Studies on the mouth parts a Comparative anatomy of the proboscis in the blood-sucking muscidae - Number 60
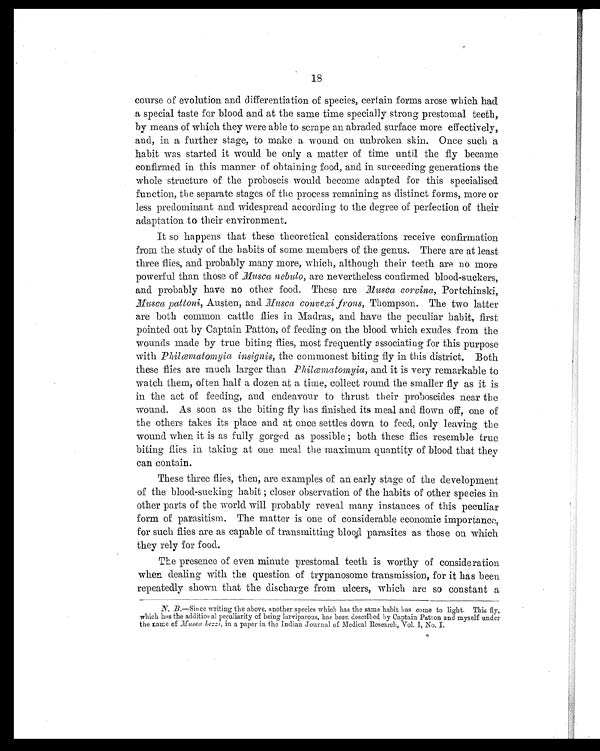
18
course of evolution and differentiation of species, certain forms arose which had
a special taste for blood and at the same time specially strong prestomal teeth,
by means of which they were able to scrape an abraded surface more effectively,
and, in a further stage, to make a wound on unbroken skin. Once such a
habit was started it would be only a matter of time until the fly became
confirmed in this manner of obtaining food, and in succeeding generations the
whole structure of the proboscis would become adapted for this specialised
function, the separate stages of the process remaining as distinct forms, more or
less predominant and widespread according to the degree of perfection of their
adaptation to their environment.
It so happens that these theoretical considerations receive confirmation
from the study of the habits of some members of the genus. There are at least
three flies, and probably many more, which, although their teeth are no more
powerful than those of Musca nebulo, are nevertheless confirmed blood-suckers,
and probably have no other food. These are Musca corvina, Portchinski,
Musca pattoni, Austen, and Musca convexi frons, Thompson. The two latter
are both common cattle flies in Madras, and have the peculiar habit, first
pointed out by Captain Patton, of feeding on the blood which exudes from the
wounds made by true biting flies, most frequently associating for this purpose
with Philæmatomyia insignis, the commonest biting fly in this district. Both
these flies are much larger than Philæmatomyia, and it is very remarkable to
watch them, often half a dozen at a time, collect round the smaller fly as it is
in the act of feeding, and endeavour to thrust their proboscides near the
wound. As soon as the biting fly has finished its meal and flown off, one of
the others takes its place and at once settles down to feed, only leaving the
wound when it is as fully gorged as possible ; both these flies resemble true
biting flies in taking at one meal the maximum quantity of blood that they
can contain.
These three flies, then, are examples of an early stage of the development
of the blood-sucking habit ; closer observation of the habits of other species in
other parts of the world will probably reveal many instances of this peculiar
form of parasitism. The matter is one of considerable economic importance,
for such flies are as capable of transmitting blood parasites as those on which
they rely for food.
The presence of even minute prestomal teeth is worthy of consideration
when dealing with the question of trypanosome transmission, for it has been
repeatedly shown that the discharge from ulcers, which are so constant a
N. B.—Since writing the above, another species which has the same habit has come to light. This fly,
which has the additional peculiarity of being larviparous, has been described by Captain Patton and myself under
the name of Musca bezzi, in a paper in the Indian Journal of Medical Research, Vol. I, No. I.